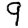
Digit: 9